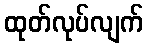
ထုတ်လုပ်လျက်